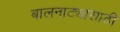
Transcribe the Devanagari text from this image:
बालनाट्यासाठी